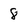
Character: 8